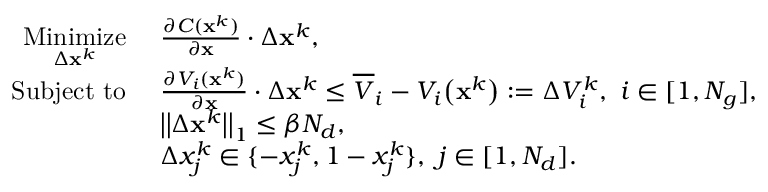
\begin{array} { r l } { \underset { \Delta \mathbf { x } ^ { k } } { \mathrm { M i n i m i z e } } } & { ~ \frac { \partial C ( \mathbf { x } ^ { k } ) } { \partial \mathbf { x } } \cdot \Delta \mathbf { x } ^ { k } \mathrm { , } } \\ { \mathrm { S u b j e c t ~ t o } } & { ~ \frac { \partial V _ { i } ( \mathbf { x } ^ { k } ) } { \partial \mathbf { x } } \cdot \Delta \mathbf { x } ^ { k } \le \overline { { V } } _ { i } - V _ { i } \big ( \mathbf { x } ^ { k } \big ) : = \Delta V _ { i } ^ { k } , ~ i \in [ 1 , N _ { g } ] \mathrm { , } } \\ & { ~ \big | \big | \Delta \mathbf { x } ^ { k } \big | \big | _ { 1 } \le \beta N _ { d } \mathrm { , } } \\ & { ~ \Delta x _ { j } ^ { k } \in \{ - x _ { j } ^ { k } , 1 - x _ { j } ^ { k } \} , ~ j \in [ 1 , N _ { d } ] \mathrm { . } } \end{array}